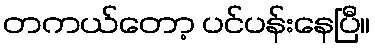
တကယ်တော့ ပင်ပန်းနေပြီ။